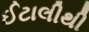
ઈટાલીથી